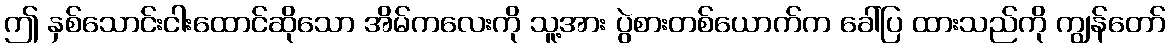
ဤ နှစ်သောင်းငါးထောင်ဆိုသော အိမ်ကလေးကို သူ့အား ပွဲစားတစ်ယောက်က ခေါ်ပြ ထားသည်ကို ကျွန်တော်